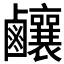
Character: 𪊊